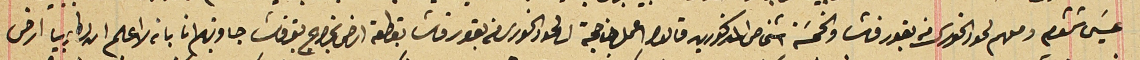
عيسَى شمشوم ومعهم لحود الخورى من بقورقاشا والخمسَة اشخاص المذكورين قالوا اعمل لنا حجة الى لحود الخورى من بقورقاشا بقطعة ارض بخراج بقرقاشا جاوبتهم انا بانه لا اعلم ان لطوبيا ارض